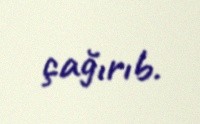
çağırıb.